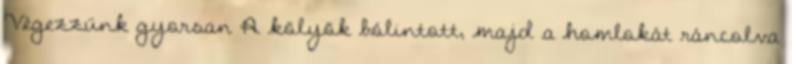
Végezzünk gyorsan A kölyök bólintott, majd a homlokát ráncolva